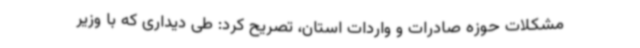
مشکلات حوزه صادرات و واردات استان، تصریح کرد: طی دیداری که با وزیر